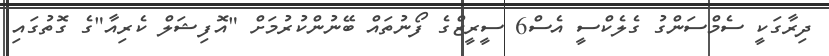
ދިރާގަކީ ސެމްސަންގު ގެލެކްސީ އެސް6 ސީރީޒްގެ ފޯނުތައް ބޭނުންކުރުމަށް "އޮފިޝަލް ކެރިއާ"ގެ ގޮތުގައި